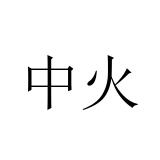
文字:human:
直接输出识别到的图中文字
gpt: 中火